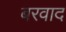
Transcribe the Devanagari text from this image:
बरवाद